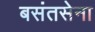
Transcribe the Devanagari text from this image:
बसंतसेना